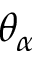
\theta _ { \alpha }